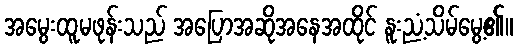
အမွေးထူမဖုန်းသည် အပြောအဆိုအနေအထိုင် နူးညံ့သိမ်မွေ့၏။